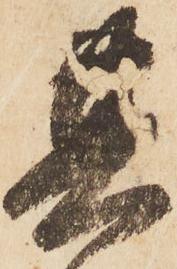
其